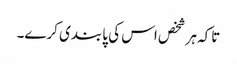
تاکہ ہر شخص اس کی پابندی کرے۔